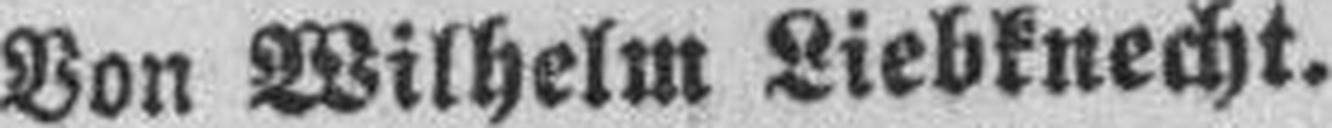
Von Wilhelm Liebknecht.